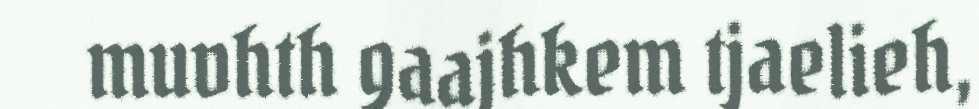
muvhth gaajhkem tjaelieh,